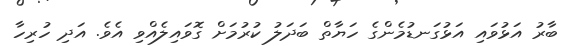
ބާރު އަޅުވައި އަޅުގަނޑުމެންގެ ހަޔާތް ބަދަލު ކުރުމަށް ގޮވައިލެއްވި އެވެ. އަދި ހުރިހާ